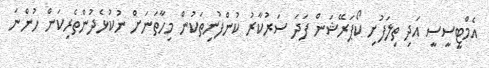
އެމްޓީސީސީ އަދި ތިލަފުށި ކޯޕަރޭޝަން ފަދަ ސަރުކާރު ކުންފުނިތަކުން މިހާތަނަށް ނުކުޅެދުންތެރިކަން ހުންނަ